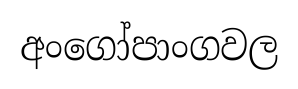
අංගෝපාංගවල